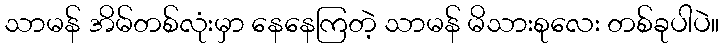
သာမန် အိမ်တစ်လုံးမှာ နေနေကြတဲ့ သာမန် မိသားစုလေး တစ်ခုပါပဲ။